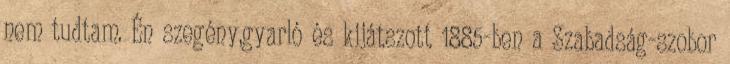
nem tudtam. Én szegény,gyarló és kijátszott 1885-ben a Szabadság-szobor